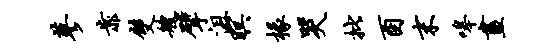
蓼靠双艘擘沮暝椽哭批酉末嗥画